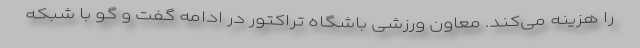
را هزینه می‌کند. معاون ورزشی باشگاه تراکتور در ادامه گفت و گو با شبکه